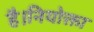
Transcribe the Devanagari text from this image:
है।नियोक्ता